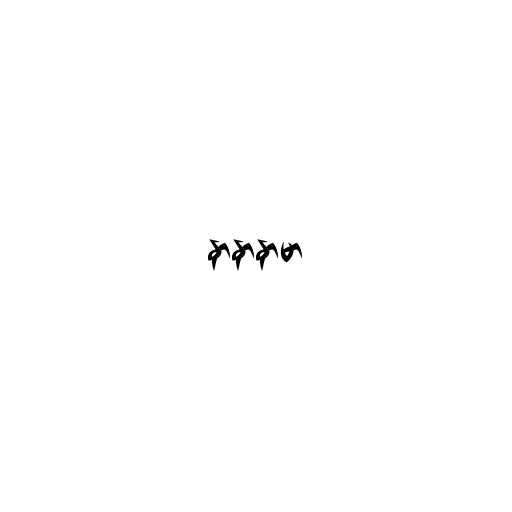
နာနာနာမာ